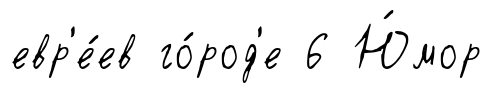
евр'е́ев го́род'е 6 Ю́мор